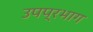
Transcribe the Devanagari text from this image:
उपप्रभाग